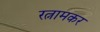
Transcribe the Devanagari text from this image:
रत्नामकर